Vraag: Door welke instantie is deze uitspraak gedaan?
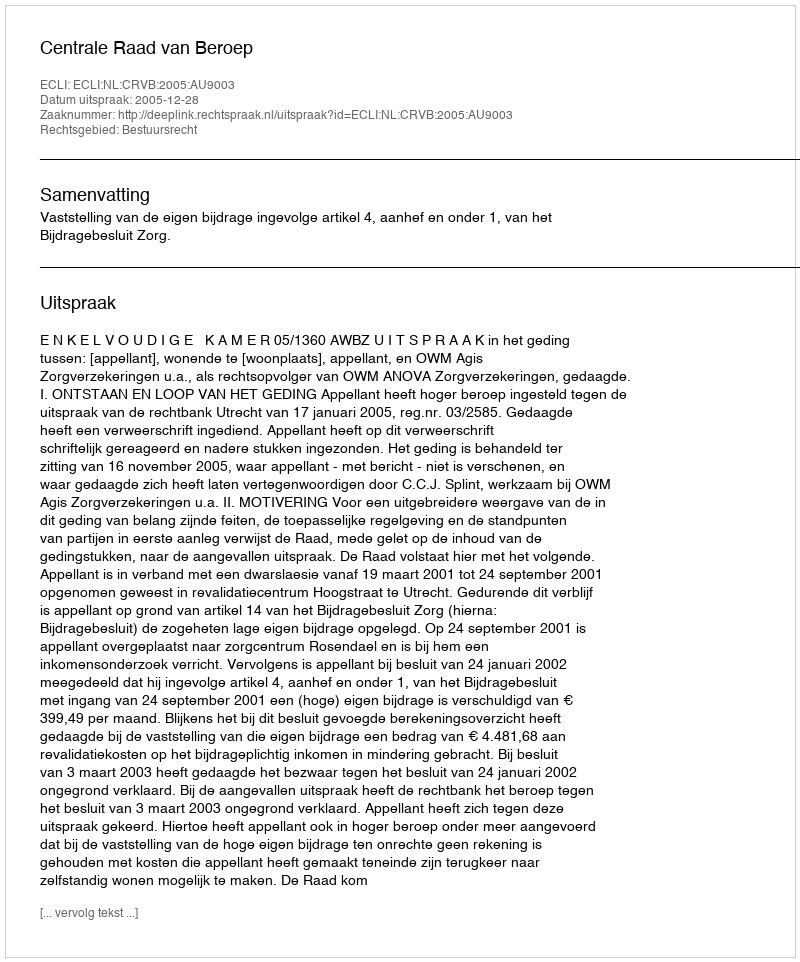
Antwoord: Centrale Raad van Beroep